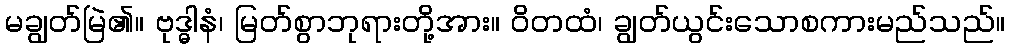
မချွတ်မြဲ၏။ ဗုဒ္ဓါနံ၊ မြတ်စွာဘုရားတို့အား။ ဝိတထံ၊ ချွတ်ယွင်းသောစကားမည်သည်။